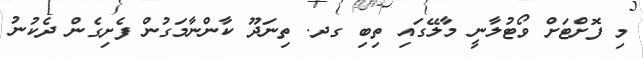
މި ފޮށްޓަށް ވޯޓުލާނީ މާލޭގައި ތިބި ގދ. ތިނަދޫ ކާންނާމަގުން ފެށިގެން ދެކުނު